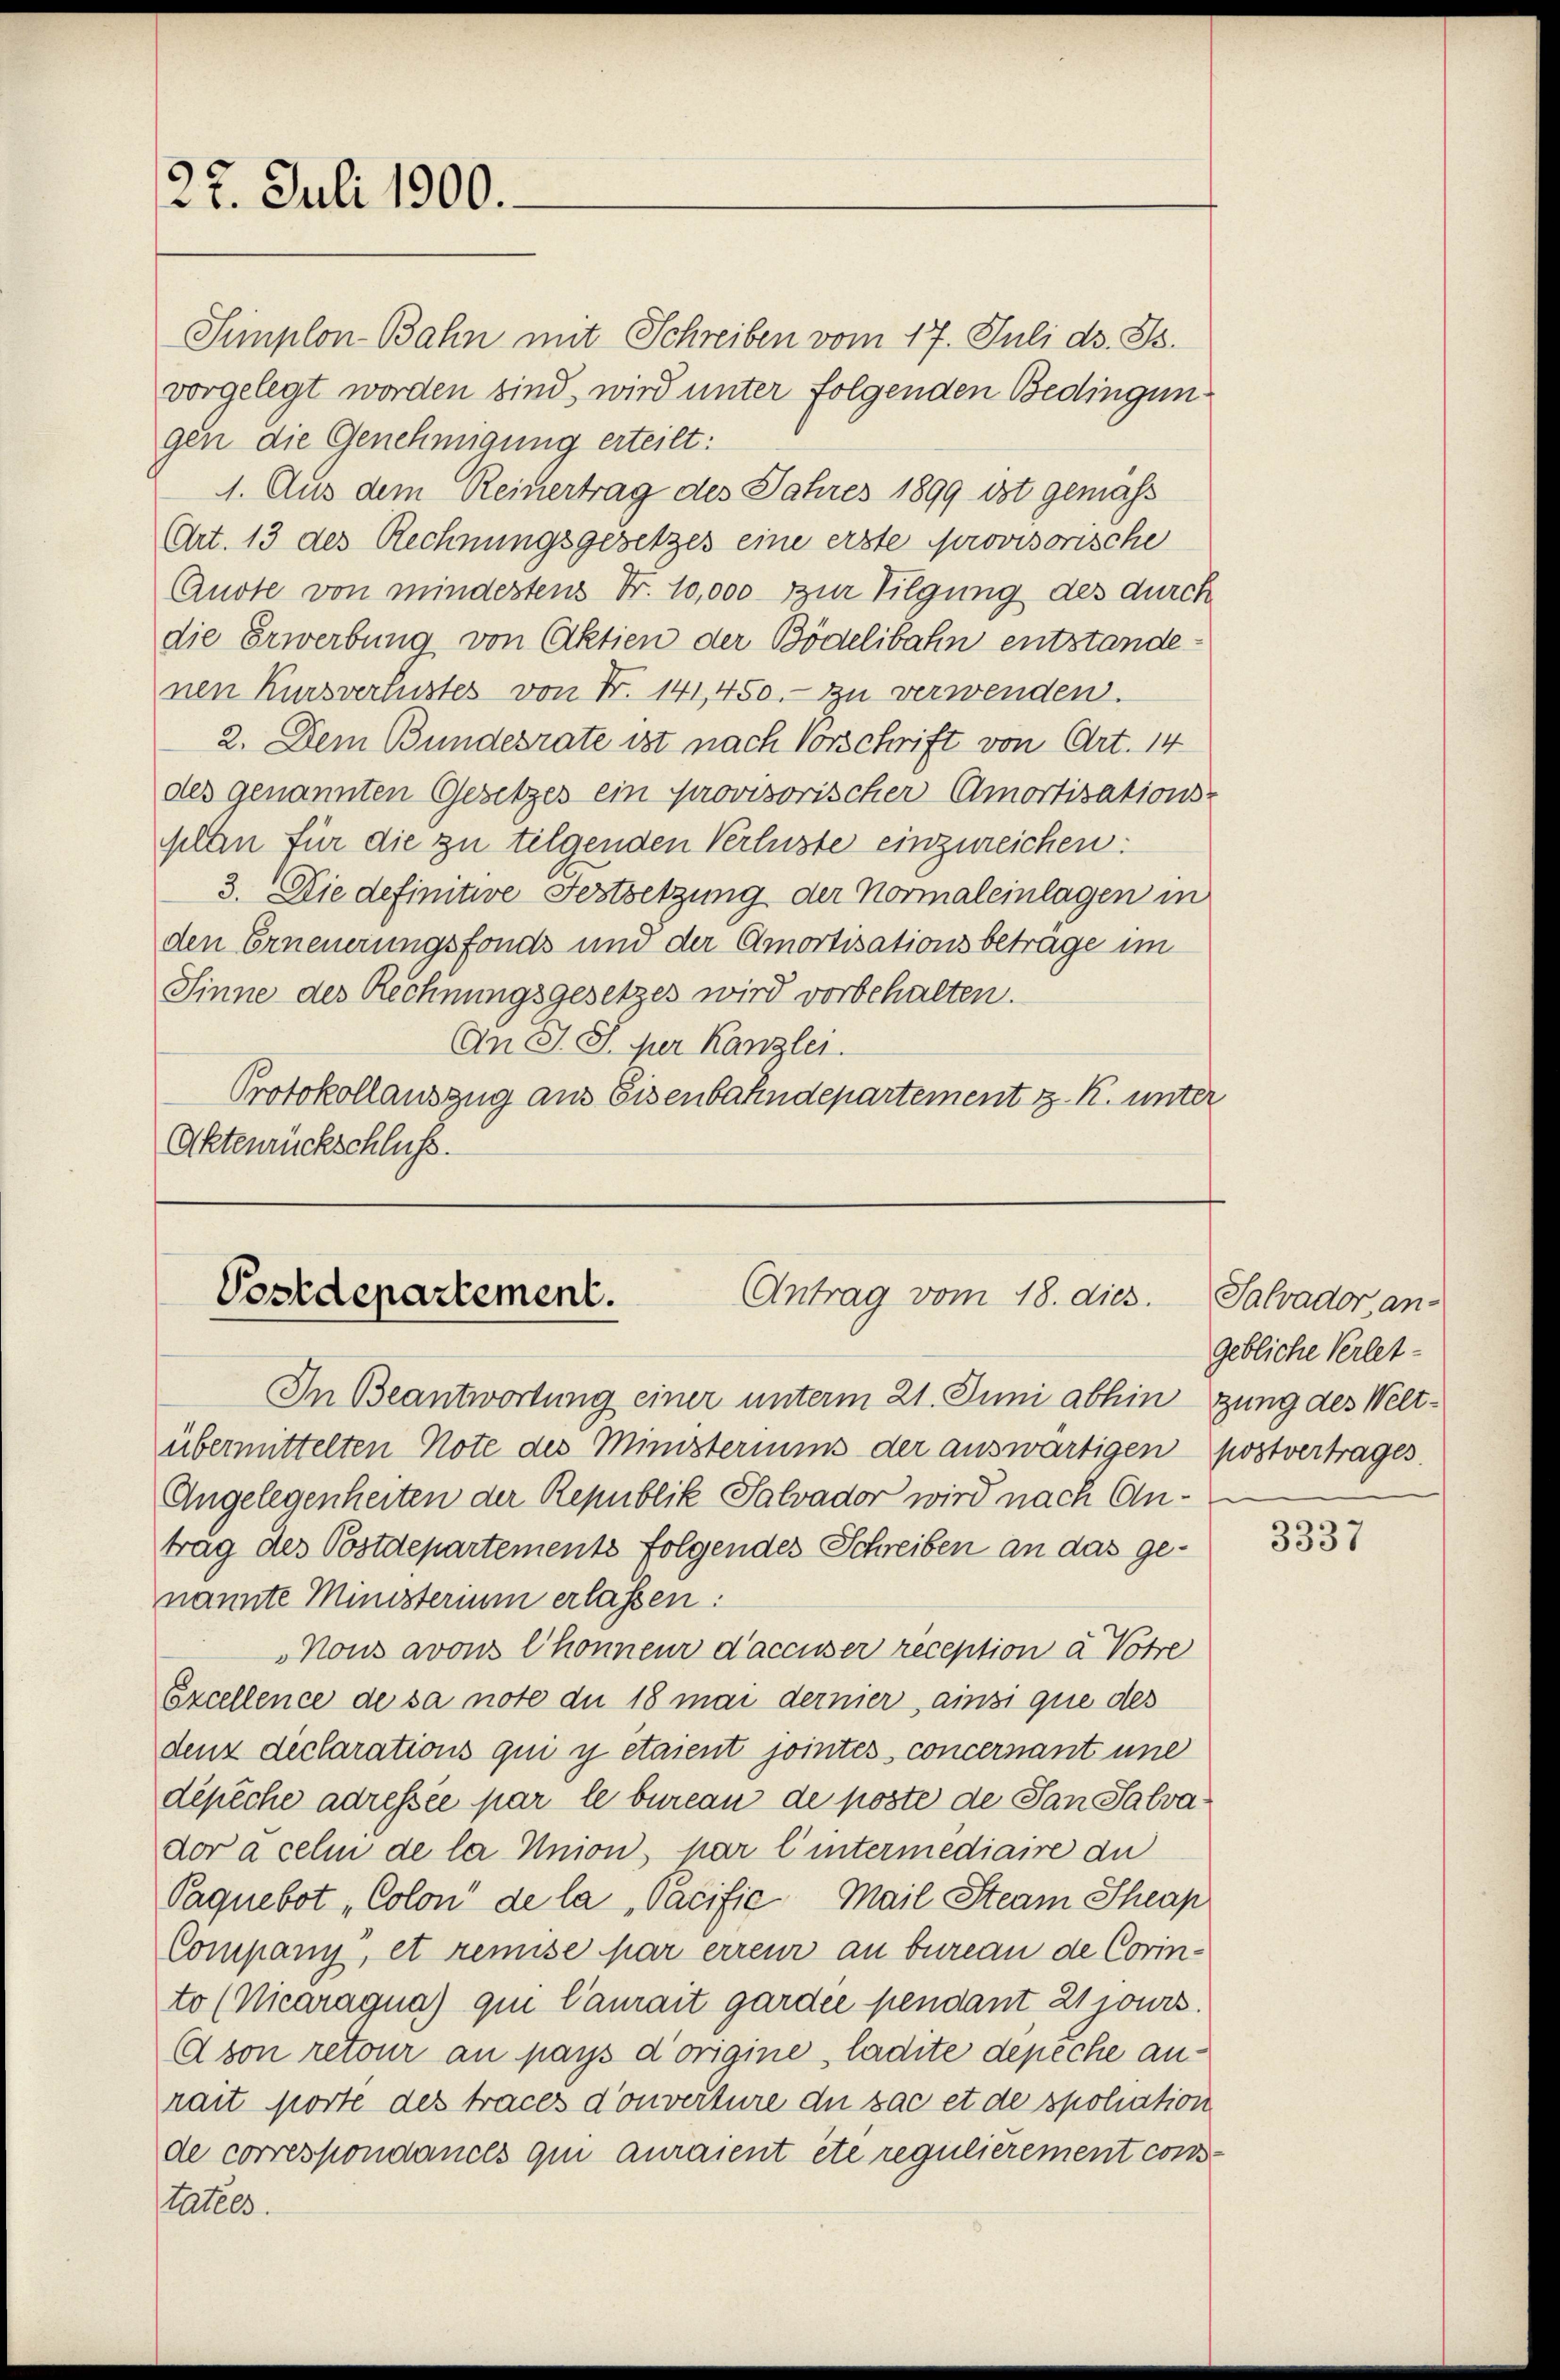
22. Juli 1900.

Antrag vom 18. dies.
Postdepartement.

Simplon-Bahn mit Schreiben vom 17. Juli d. Js.
vorgelegt worden sind, wird unter folgenden Bedingungen die Genehmigung erteilt:
1. Aus dem Reinertrag des Jahres 1899 ist gemäss
Art. 13 des Rechnungsgesetzes eine erste Provisorische
Auote von mindestens Fr. 10,000 zur Tilgung des durch
die Erwerbung von Aktien der Bödelibahn entstande-
nen Kursverlustes von Fr. 141,450. zu verwenden.
2. Dem Bundesrate ist nach Vorschrift von Art. 14
des genannten Gesetzes ein provisorischer Amortisations-
plan für die zu tilgenden Verluste einzureichen.
3. Die definitive Festsetzung der Normaleinlagen in
den Erneuerungsfonds und der Amortisationsbetrage im
Sinne des Rechnungsgesetzes wird vorbehalten.
An S. S. per Kanzlei.
Protokollauszug aus Eisenbahndepartement z. K. unter
Aktenrückschluß.

In Beantwortung einer unterm 21. Juni abhingung des Weltübermittelten Note des Ministeriums der auswärtigen postvertrages.
Angelegenheiten der Republik Salvador wird nach Antrag des Postdepartements folgendes Schreiben an das genannte Ministerium erlassen:
Nous avons Chonneur d’accuser reception à Votre
Excellence de sa note du 18 mai dernier, ainsi que des
denz declarations qui y étaient jointes concernant une
dépêche adressée par le bureau de poste de San Salvador à celin de le Union, par l’intermediaire du
Paquebot „Colon de la Pacifie Mail Steam Theap
Company, et remise par erreur an bureau de Corinto (Vicaragua) qui l’aurait gardee pendant 21 jours.
A von retour an pays d’origine, ladite depeche anrait porte des traces donverture die sac et de spolation
de correspondances qui auraient été regulierement cons-
Tattes.

Salvador, angebliche Verlet¬

3337